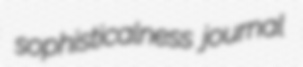
sophisticalness journal